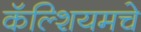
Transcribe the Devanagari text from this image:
कॅल्शियमचे